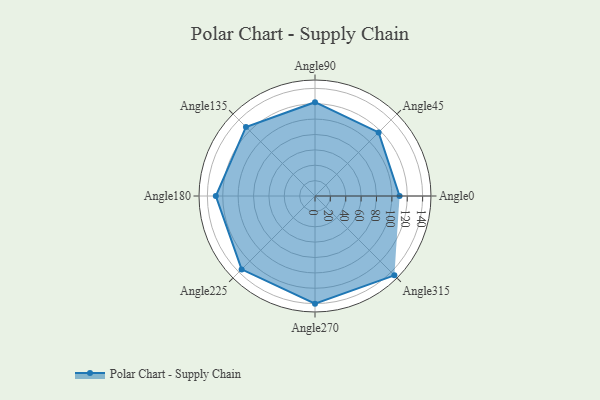
{"axis": {"x": "Angle", "y": "Radius"}, "legend": [""], "data": [{"x": "Angle0", "y": 110.0, "type": ""}, {"x": "Angle45", "y": 117.0, "type": ""}, {"x": "Angle90", "y": 122.0, "type": ""}, {"x": "Angle135", "y": 127.0, "type": ""}, {"x": "Angle180", "y": 129.0, "type": ""}, {"x": "Angle225", "y": 135.0, "type": ""}, {"x": "Angle270", "y": 140.0, "type": ""}, {"x": "Angle315", "y": 146.0, "type": ""}]}